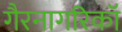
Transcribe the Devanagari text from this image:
गैरनागरिकॉ